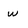
Character: w